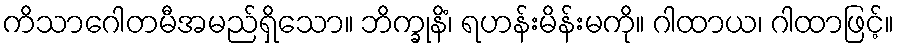
ကိသာဂေါတမီအမည်ရှိသော။ ဘိက္ခုနိံ၊ ရဟန်းမိန်းမကို။ ဂါထာယ၊ ဂါထာဖြင့်။